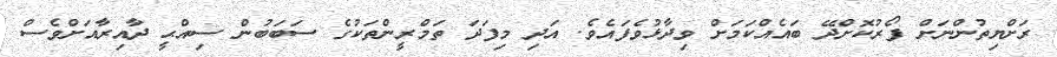
ރަށްޔިތުންނަށް ފޯރުކޮށްދޭ ބައެއްކަމަށް ވިދާޅުވެފައެވެ. އަދި މިފަދަ ތަމްރީންތަކުގެ ސަބަބުން ސިއްޙީ ދާއިރާއަށްވެސް